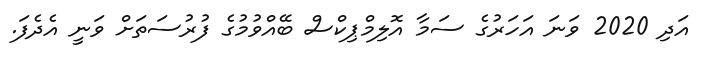
އަދި 2020 ވަނަ އަހަރުގެ ސަމާ އޮލިމްޕިކްސް ބޭއްވުމުގެ ފުރުސަތަށް ވަނީ އެދެފަ.